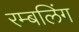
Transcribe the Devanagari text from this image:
रम्बलिंग